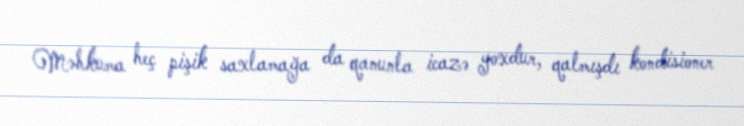
Məhkuma heç pişik saxlamağa da qanunla icazə yoxdur, qalmışdı kondisioner